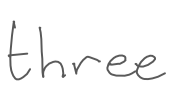
Text: three
Cross-out: clean
Writing tool: digital_gray